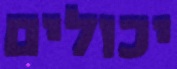
יכולים